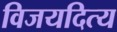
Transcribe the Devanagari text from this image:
विजयदित्य